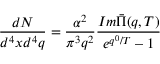
\frac { d N } { d ^ { 4 } x d ^ { 4 } q } = \frac { \alpha ^ { 2 } } { \pi ^ { 3 } q ^ { 2 } } \frac { I m \bar { \Pi } ( q , T ) } { e ^ { q ^ { 0 } / T } - 1 }